Scottish Leaving Certificate Examination, 1959
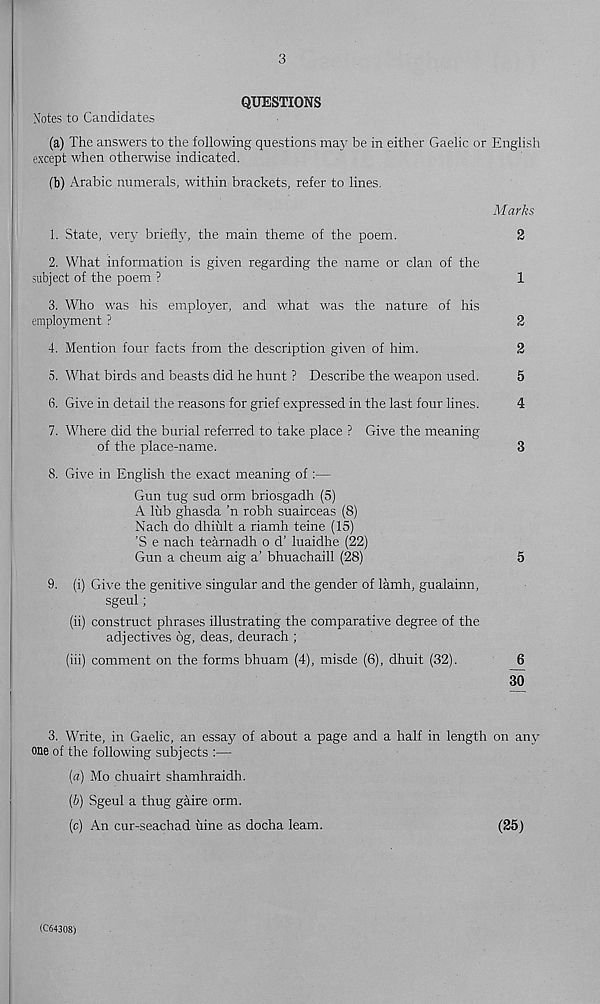
3
QUESTIONS
Notes to Candidates
(a) The answers to the following questions may be in either Gaelic or English
except when otherwise indicated.
(b) Arabic numerals, within brackets, refer to lines.
Marks
1. State, very briefly, the main theme of the poem.
2
2. What information is given regarding the name or clan of the
subject of the poem ?
1
3. Who was his employer, and what was the nature of his
employment ?
2
4. Mention four facts from the description given of him.
2
5. What birds and beasts did he hunt ? Describe the weapon used.
5
6. Give in detail the reasons for grief expressed in the last four lines.
4
7. Where did the burial referred to take place ? Give the meaning
of the place-name.
3
8. Give in English the exact meaning of :—
Gun tug sud orm briosgadh (5)
A liib ghasda ’n robh suairceas (8)
Nach do dhiult a riamh teine (15)
’S e nach tearnadh o d’ luaidhe (22)
Gun a cheum aig a’ bhuachaill (28)
5
9. (i) Give the genitive singular and the gender of lamh, gualainn,
sgeul;
(ii) construct phrases illustrating the comparative degree of the
adjectives 6g, deas,. deurach ;
(iii) comment on the forms bhuam (4), misde (6), dhuit (32).
6
30
3. Write, in Gaelic, an essay of about a page and a half in length on any
one of the following subjects :—
(«) Mo chuairt shamhraidh.
(b) Sgeul a thug gaire orm.
(c) An cur-seachad uine as docha learn.
(25)
(C64308)